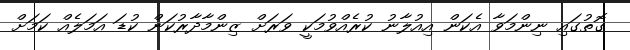
ގޮތުގައި ނިންމަވާ އެކަން އިއުލާނު ކުރެއްވުމަކީ ވަރަށް ޒިންމާދާރުކަން ކުޑަ އަމަލެއް ކަމަށް